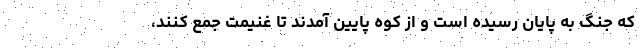
که جنگ به پایان رسیده است و از کوه پایین آمدند تا غنیمت جمع کنند،